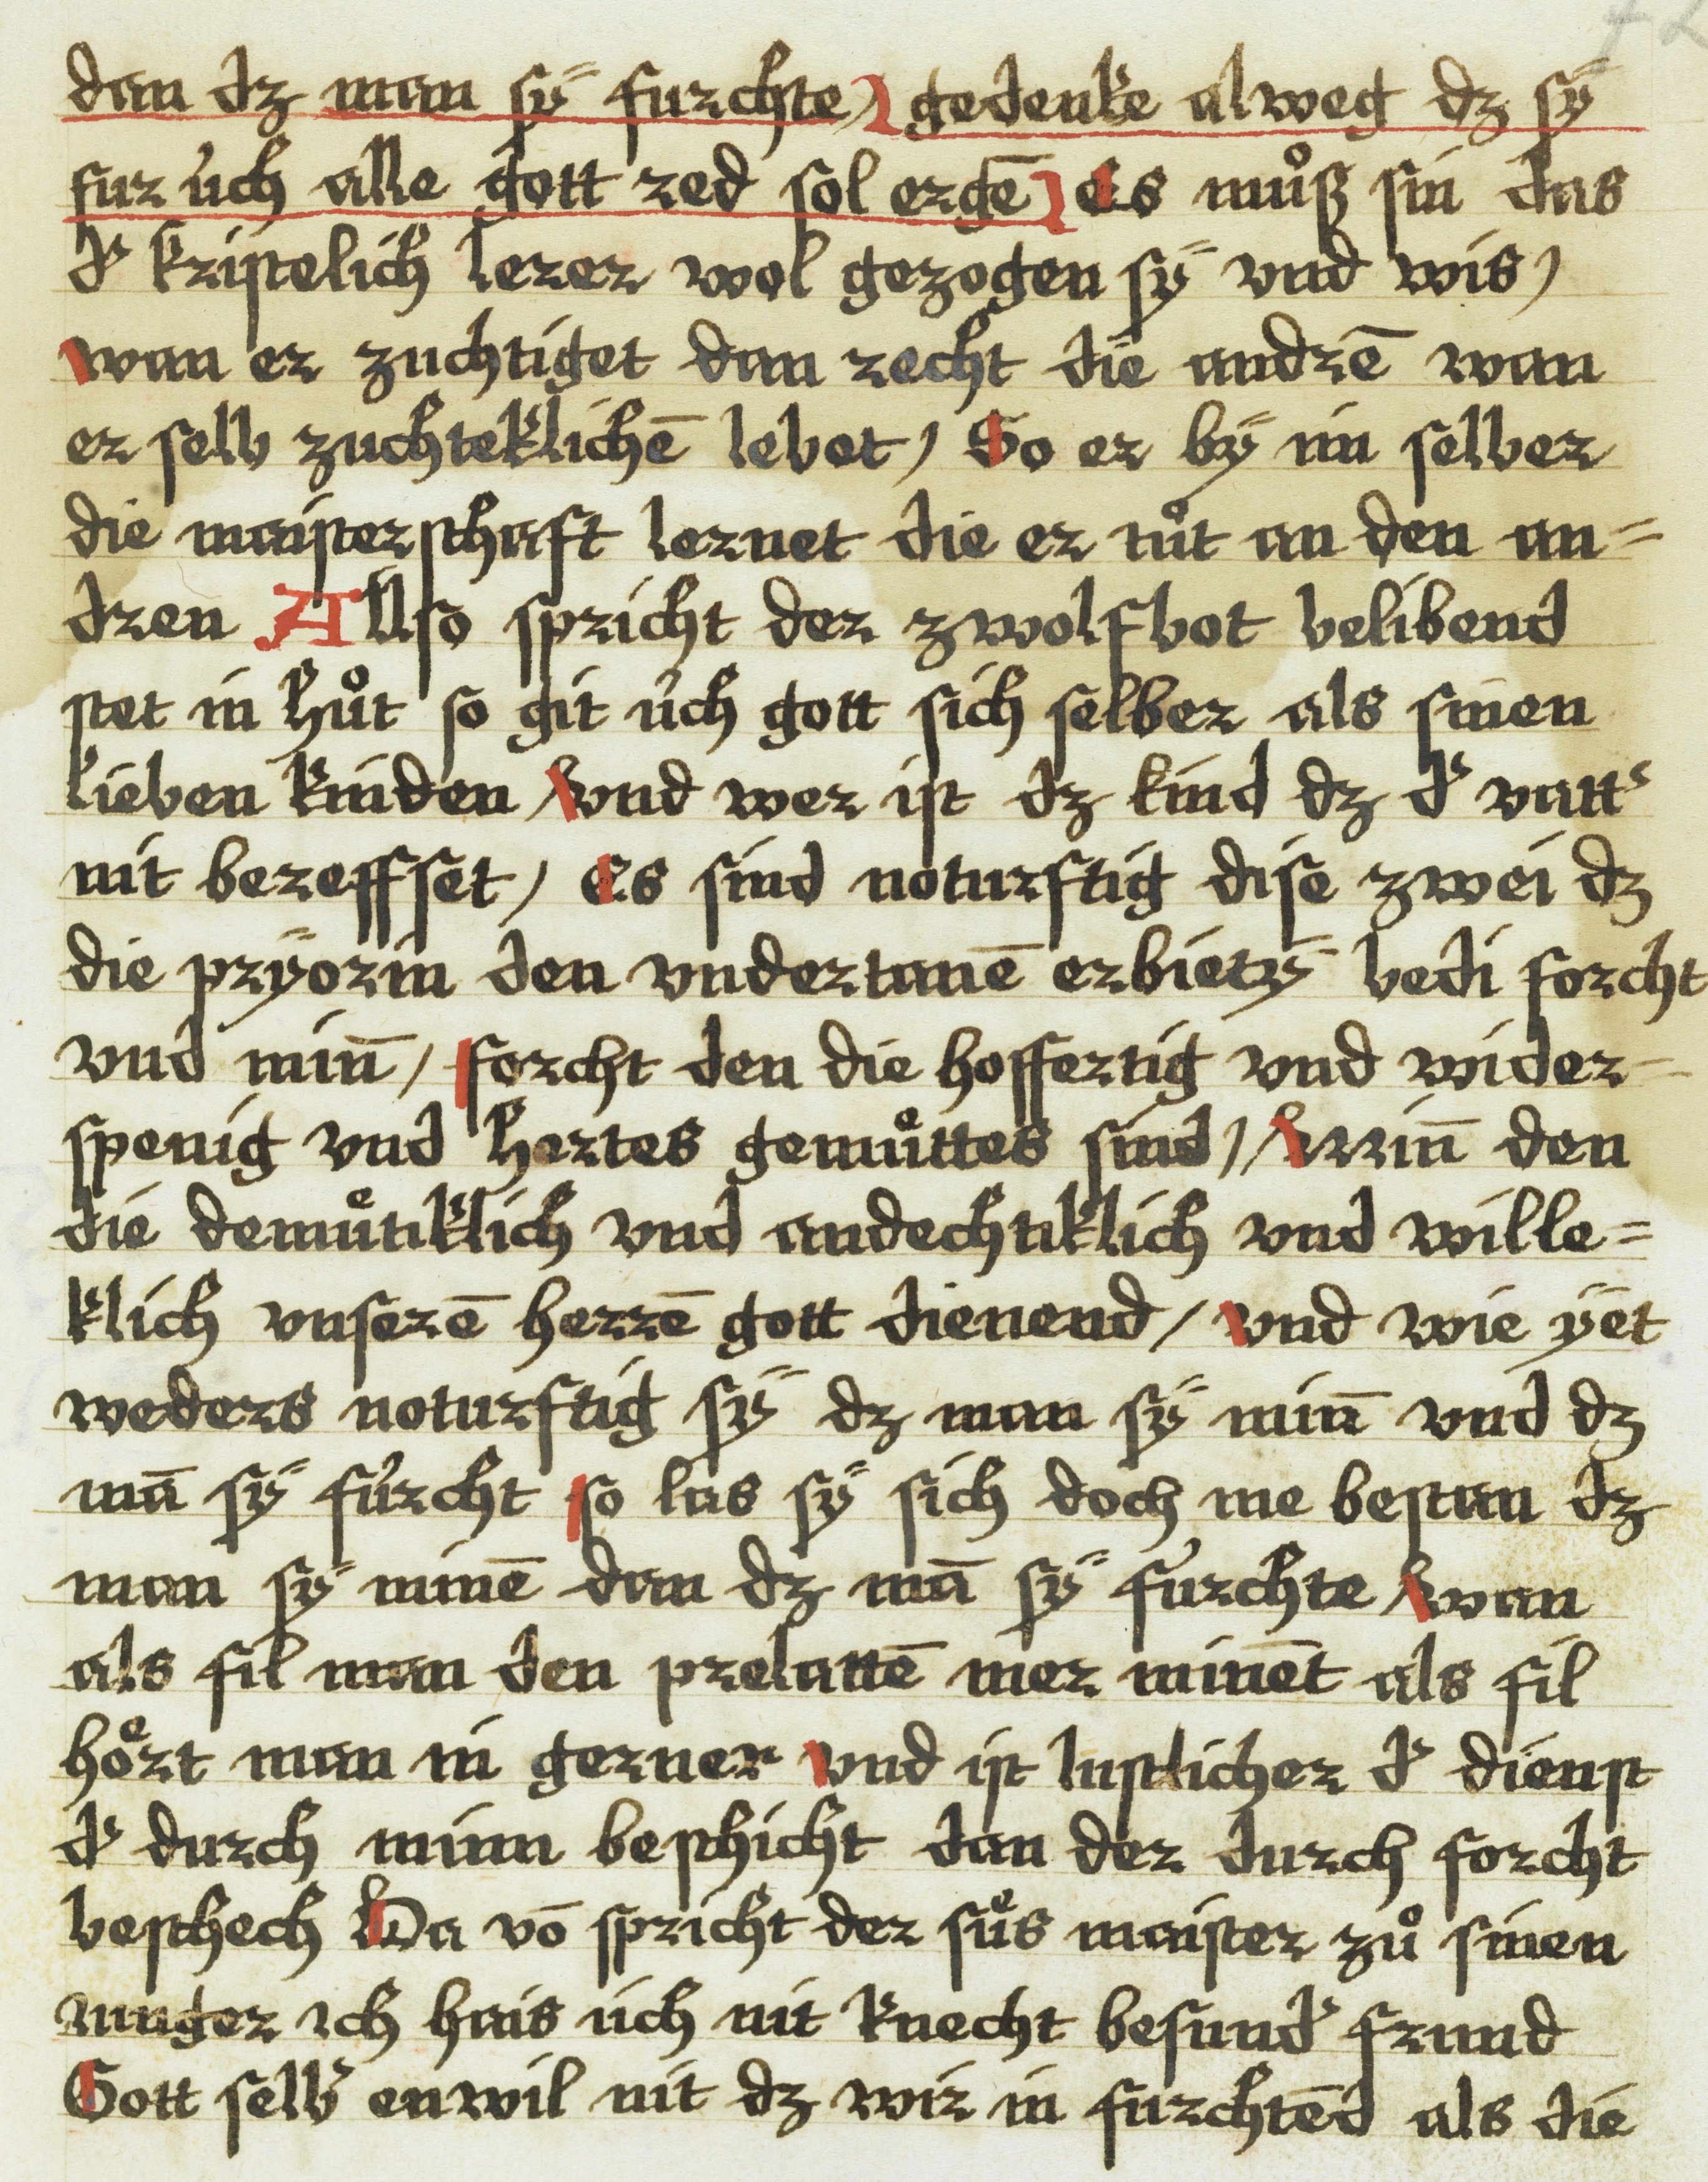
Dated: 1543–1543